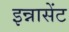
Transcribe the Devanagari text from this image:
इन्नासेंट